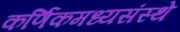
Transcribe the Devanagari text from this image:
कर्णिकमध्यसंस्थे